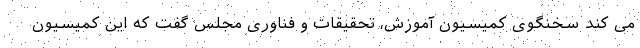
می کند سخنگوی کمیسیون آموزش، تحقیقات و فناوری مجلس گفت که این کمیسیون